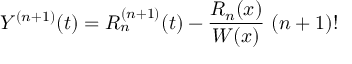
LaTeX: Y ^ { ( n + 1 ) } ( t ) = R _ { n } ^ { ( n + 1 ) } ( t ) - { \frac { R _ { n } ( x ) } { W ( x ) } } \ ( n + 1 ) !